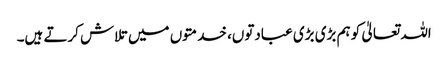
اللہ تعالیٰ کو ہم بڑی بڑی عبادتوں، خدمتوں میں تلاش کرتے ہیں۔